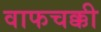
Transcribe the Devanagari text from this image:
वाफचक्की